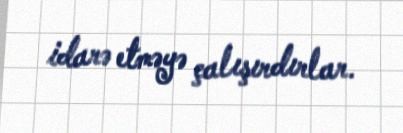
idarə etməyə çalışırdırlar.